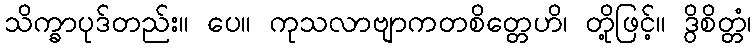
သိက္ခာပုဒ်တည်း။ ပေ။ ကုသလာဗျာကတစိတ္တေဟိ၊ တို့ဖြင့်။ ဒွိစိတ္တံ၊